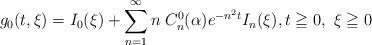
LaTeX: \begin{align*} g_0(t,\xi)=I_0(\xi) + \sum_{n=1}^\infty n\; C_n^0(\alpha)e^{-n^2t} I_n(\xi),t\geqq0, \ \xi\geqq0\end{align*}